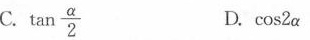
C.\tan\frac{α}{2} D.\cos2α